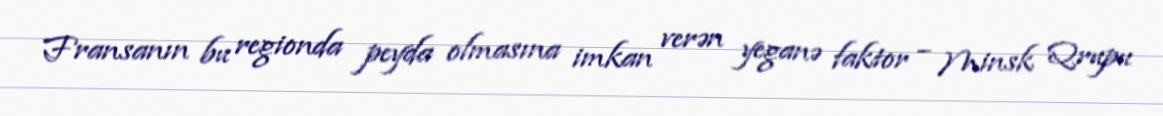
Fransanın bu regionda peyda olmasına imkan verən yeganə faktor – Minsk Qrupu